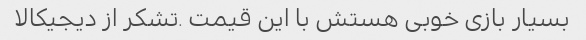
بسیار بازی خوبی هستش با این قیمت .تشکر از دیجیکالا